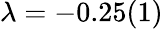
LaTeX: \lambda=-0.25(1)